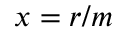
x = r / m